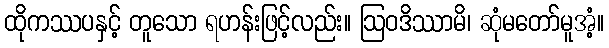
ထိုကဿပနှင့် တူသော ရဟန်းဖြင့်လည်း။ ဩဝဒိဿာမိ၊ ဆုံမတော်မူအံ့။